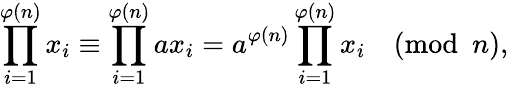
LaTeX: \prod_{i=1}^{\varphi(n)}x_{i}\equiv\prod_{i=1}^{\varphi(n)}ax_{i}=a^{\varphi(n)}\prod_{i=1}^{\varphi(n)}x_{i}{\pmod{n}},